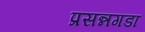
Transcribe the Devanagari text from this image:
प्रसन्नगडा